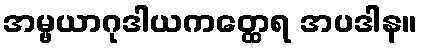
အမ္ဗယာဂုဒါယကတ္ထေရ အပဒါန။